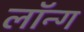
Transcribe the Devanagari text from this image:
लॉन्‍ग